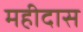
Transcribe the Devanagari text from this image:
महीदास